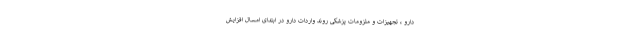
دارو ، تجهیزات و ملزومات پزشکی روند واردات دارو در ابتدای امسال افزایش